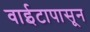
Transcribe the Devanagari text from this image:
वाईटापासून